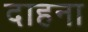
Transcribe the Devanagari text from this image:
दाहना